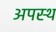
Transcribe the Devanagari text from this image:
अपस्थ